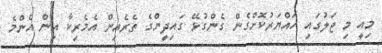
މިއީ މި ޖަލުގައި ހައްޔަރުކޮށްގެން ގެންގުޅޭ ގައިދީންގެ ތެރެއިން އެމެރިކާ އިން އެންމެ